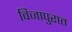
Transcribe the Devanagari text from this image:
विजापुरात